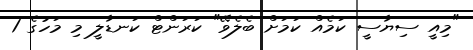
"މިއީ ސިޔާސީ ކަމެއް ކަމަށް ބެލެވޭ" ކަރަންޓް ކަނޑާލީ މި މަހުގެ 1